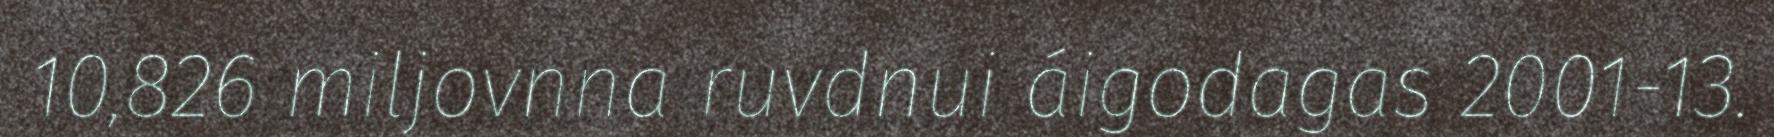
10,826 miljovnna ruvdnui áigodagas 2001-13.